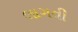
લાગવી